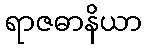
ရာဇဓာနိယာ